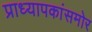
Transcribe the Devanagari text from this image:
प्राध्यापकांसमोर